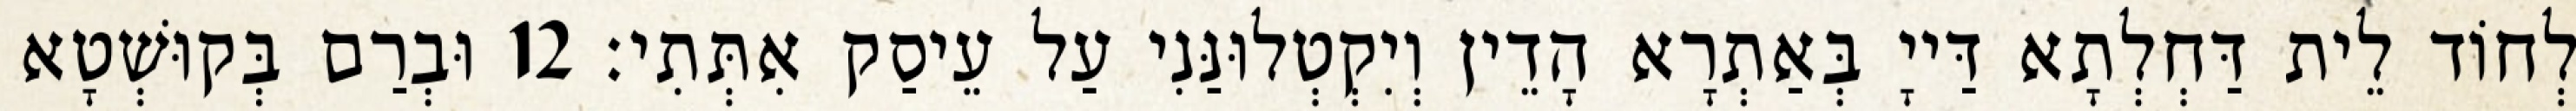
לְחוֹד לֵית דַּחְלְתָא דַּייָ בְּאַתְרָא הָדֵין וְיִקְטְלוּנַּנִי עַל עֵיסַק אִתְּתִי׃ 12 וּבְרַם בְּקוּשְׁטָא